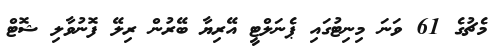
މެޗުގެ 61 ވަނަ މިނިޓުގައި ޕެނަލްޓީ އޭރިޔާ ބޭރުން ރިލޭ ފޮނުވާލި ޝޮޓް